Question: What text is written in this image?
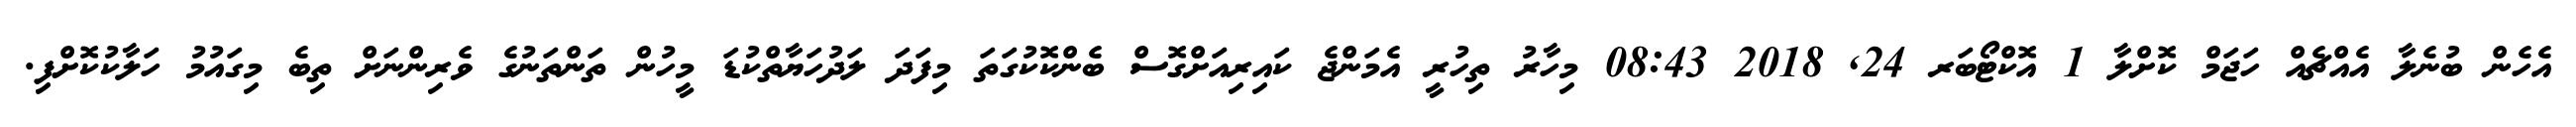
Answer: އެހެން ބުނެލާ އެއްޗެއް ހަޖަމް ކޮށްލާ 1 އޮކްޓޯބަރ 24, 2018 08:43 މިހާރު ތިހުރީ އެމަންޖެ ކައިރިއަށްގޮސް ބެންކޮކުގަތަ މިފަދަ ލަދުހަޔާތްކުޑަ މީހުން ތަންތަނުގެ ވެރިންނަށް ތިބެ މިގައުމު ހަލާކުކޮށްފި.